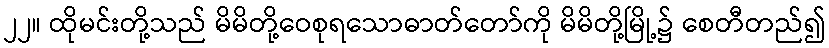
၂၂။ ထိုမင်းတို့သည် မိမိတို့ဝေစုရသောဓာတ်တော်ကို မိမိတို့မြို့၌ စေတီတည်၍